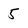
Character: 5